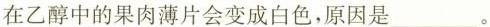
在乙醇中的果肉薄片会变成白色，原因是___。